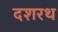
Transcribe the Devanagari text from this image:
दशरथ